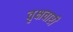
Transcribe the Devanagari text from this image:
वृक्षचारी